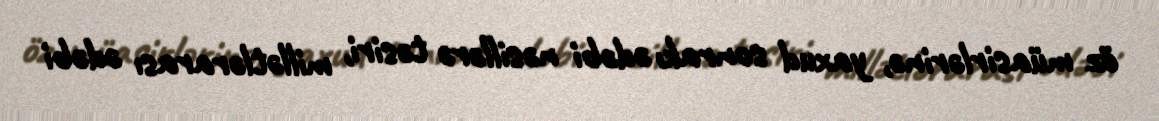
öz müasirlәrinә, yaxud sonrakı әdәbi nәsillәrә tәsiri, millәtlәrarası әdәbi